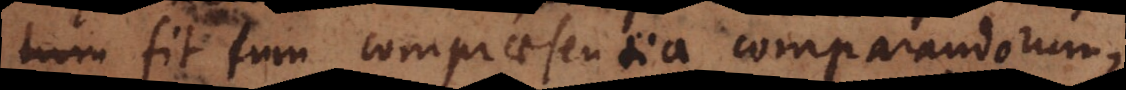
fit tum compraesentia comparandorum,